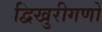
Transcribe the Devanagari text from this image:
द्विखुरीगणों